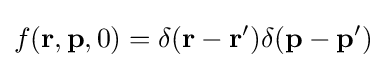
f(\mathbf {r} ,\mathbf {p} ,0)=\delta (\mathbf {r} -\mathbf {r} ')\delta (\mathbf {p} -\mathbf {p} ')